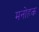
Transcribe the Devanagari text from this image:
मनोहक